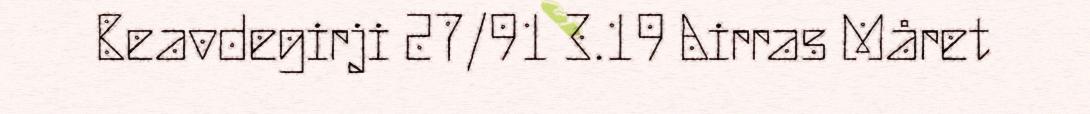
Beavdegirji 27/91 3.19 Airras Måret